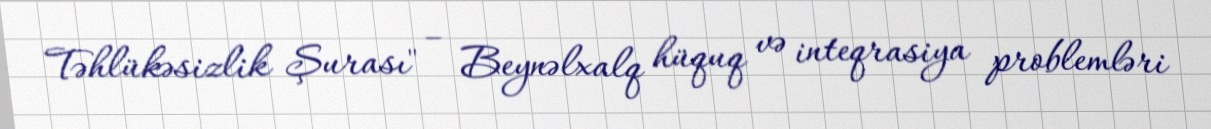
Təhlükəsizlik Şurası" – Beynəlxalq hüquq və inteqrasiya problemləri